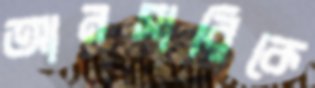
আনসারিকে